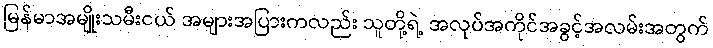
မြန်မာအမျိုးသမီးငယ် အများအပြားကလည်း သူတို့ရဲ့ အလုပ်အကိုင်အခွင့်အလမ်းအတွက်